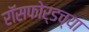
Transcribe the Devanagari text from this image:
रॉसफोर्डच्या